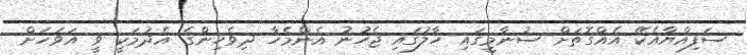
ސަފިއްޔާއެކޭ އެއްގޮތަށް ސުނާމީގައި ހާލުގައި ޖެހުނު އެންމެހާ ދިވެހިންގެ އެދުމަކީ ވީ އަވަހަށް